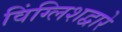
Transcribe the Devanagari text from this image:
विंग्लिशद्वारे